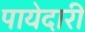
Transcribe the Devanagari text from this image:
पायेदारी